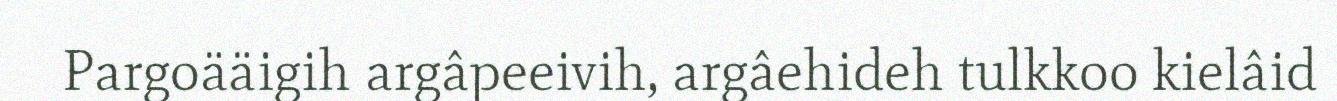
Pargoääigih argâpeeivih, argâehideh tulkkoo kielâid